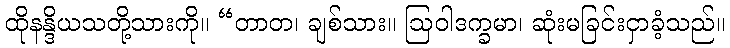
ထိုနန္ဒိယသတို့သားကို။ “တာတ၊ ချစ်သား။ ဩဝါဒက္ခမာ၊ ဆုံးမခြင်းငှာခံ့သည်။